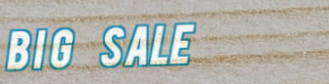
Big Sale